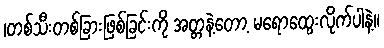
|တစ်သီးတစ်ခြားဖြစ်ခြင်းကို အတ္တနဲ့တော့ မရောထွေးလိုက်ပါနဲ့။